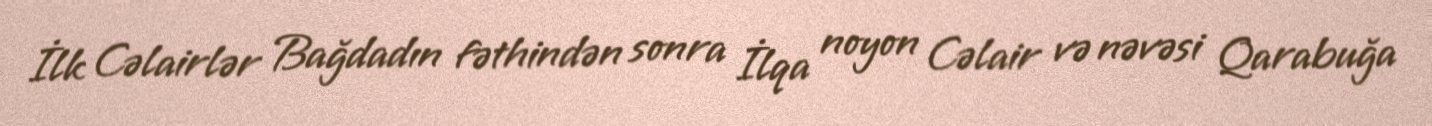
İlk Cəlairlər Bağdadın fəthindən sonra İlqa noyon Cəlair və nəvəsi Qarabuğa